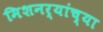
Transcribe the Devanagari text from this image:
मिशनर्‍यांच्या